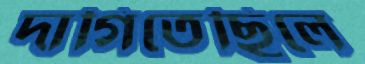
দাগিতেছিলে